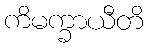
ကိမက္ခာယီတိ